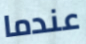
عندما